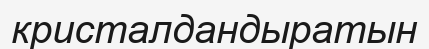
кристалдандыратын